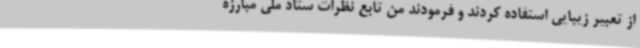
از تعبیر زیبایی استفاده کردند و فرمودند من تابع نظرات ستاد ملی مبارزه